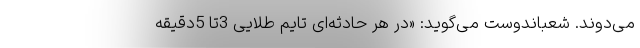
می‌دوند. شعباندوست می‌گوید: «در هر حادثه‌ای تایم طلایی 3تا 5دقیقه